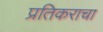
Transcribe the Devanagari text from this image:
प्रतिकराचा